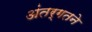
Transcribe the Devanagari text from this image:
अंतर्गतने